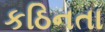
કઠિનતા